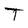
Character: T